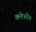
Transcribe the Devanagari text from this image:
क्लेज्नेन